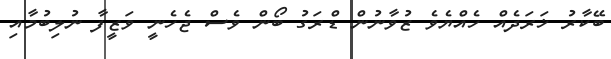
ބޭކާރު ޚަރަދެއް ހެއްޔެވެ ޒުވާނުން ޑްރަގު ބޯން ވެސް ޖެހެނީ ވަޒީފާ ނުލިބުމާއި